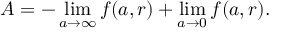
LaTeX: { \cal A } = - \operatorname * { l i m } _ { a \rightarrow \infty } f ( a , r ) + \operatorname * { l i m } _ { a \rightarrow 0 } f ( a , r ) .